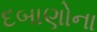
દબાણોના